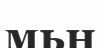
мьң